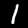
Digit: 1